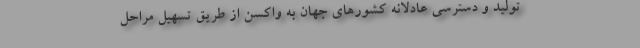
تولید و دسترسی عادلانه کشورهای جهان به واکسن از طریق تسهیل مراحل